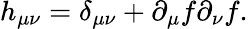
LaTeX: h_{\mu\nu}=\delta_{\mu\nu}+\partial_{\mu}f\partial_{\nu}f.